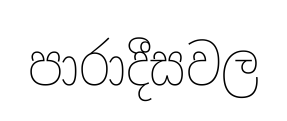
පාරාදීසවල